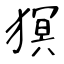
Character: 猽